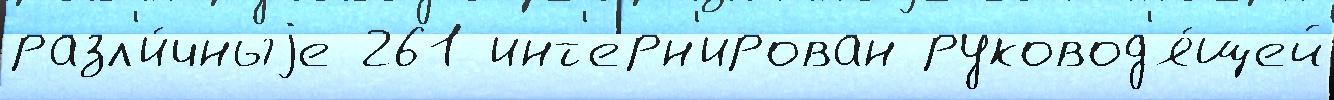
разл'и́чныjе 261 инт'ерн'ирован руковод'я́щей